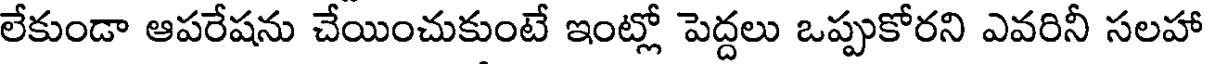
లేకుండా ఆపరేషను చేయించుకుంటే ఇంట్లో పెద్దలు ఒప్పుకోరని ఎవరినీ సలహా